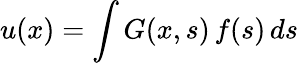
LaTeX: u(x)=\int G(x,s)\, f(s)\, ds